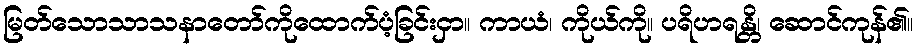
မြတ်သောသာသနာတော်ကိုထောက်ပံ့ခြင်းငှာ။ ကာယံ၊ ကိုယ်ကို။ ပရိဟရန္တိ၊ ဆောင်ကုန်၏။